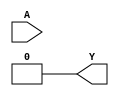
`timescale 1ns/1ps
`celldefine
//
// LUT3 simulation model
// 3-input lookup table (LUT)
//
// Copyright (c) 2023 Rapid Silicon, Inc.  All rights reserved.
//

module LUT3 #(
  parameter [7:0] INIT_VALUE = 8'h00 // 8-bit LUT logic value
) (
  input [2:0] A, // Data Input
  output Y // Data Output
);

  wire [ 3: 0] s2 = A[2] ? INIT_VALUE[ 7: 4] : INIT_VALUE[ 3: 0];
  wire [ 1: 0] s1 = A[1] ?   s2[ 3: 2] :   s2[ 1: 0];
  assign Y = A[0] ? s1[1] : s1[0];


endmodule
`endcelldefine